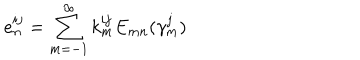
e _ { n } ^ { i j } = \sum _ { m = - 1 } ^ { \infty } k _ { m } ^ { i j } E _ { m n } ( \gamma _ { m } ^ { j } )